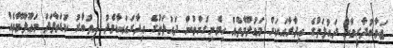
ޖަވާބުދާރީވާން ދައުލަތުގެ އިދާރާއަކަށް މަޢުލޫމާތެއް ހިމެނިގެންވުން ދައުލަތުގެ އިދާރައަކާމެދު އިތުބާރު ކުޑަވާފަދަ މަޢޫލޫމާތެއް